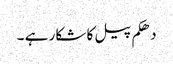
دھکم پیل کا شکار ہے ۔